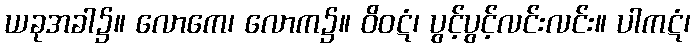
ယခုအခါ၌။ လောကေ၊ လောက၌။ ဝိဝဋံ၊ ပွင့်ပွင့်လင်းလင်း။ ပါကဋံ၊